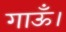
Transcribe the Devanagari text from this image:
गाऊँ।